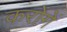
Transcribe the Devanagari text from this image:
करोगें